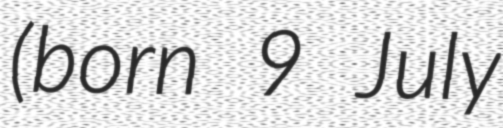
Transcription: (born 9 July